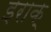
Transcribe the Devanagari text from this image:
इराक़्